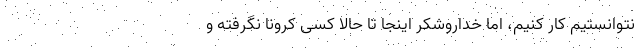
نتوانستیم کار کنیم، اما خداروشکر اینجا تا حالا کسی کرونا نگرفته و